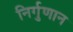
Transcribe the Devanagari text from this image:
निर्गुणान